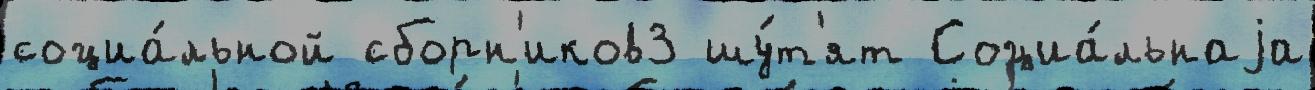
социа́льной сборн'иков3 шу́т'ят Социа́льнаjа